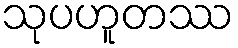
သုပဟူတဿ